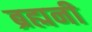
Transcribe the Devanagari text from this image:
ब्रह्मनी